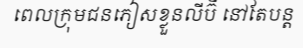
ពេលក្រុមជនភៀសខ្លួនលីប៊ី នៅតែបន្ត